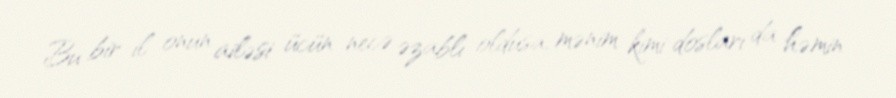
Bu bir il onun ailəsi ücün necə əzablı oldusa, mənim kimi dosları da həmin